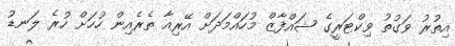
އިތުރު ވަގުތު ވިކްޓަރީގެ ޝައްފާޒް މުހައްމަދަށް އޭރިއާ ތެރެއިން ހުހަށް ހުރެ ލަނޑު